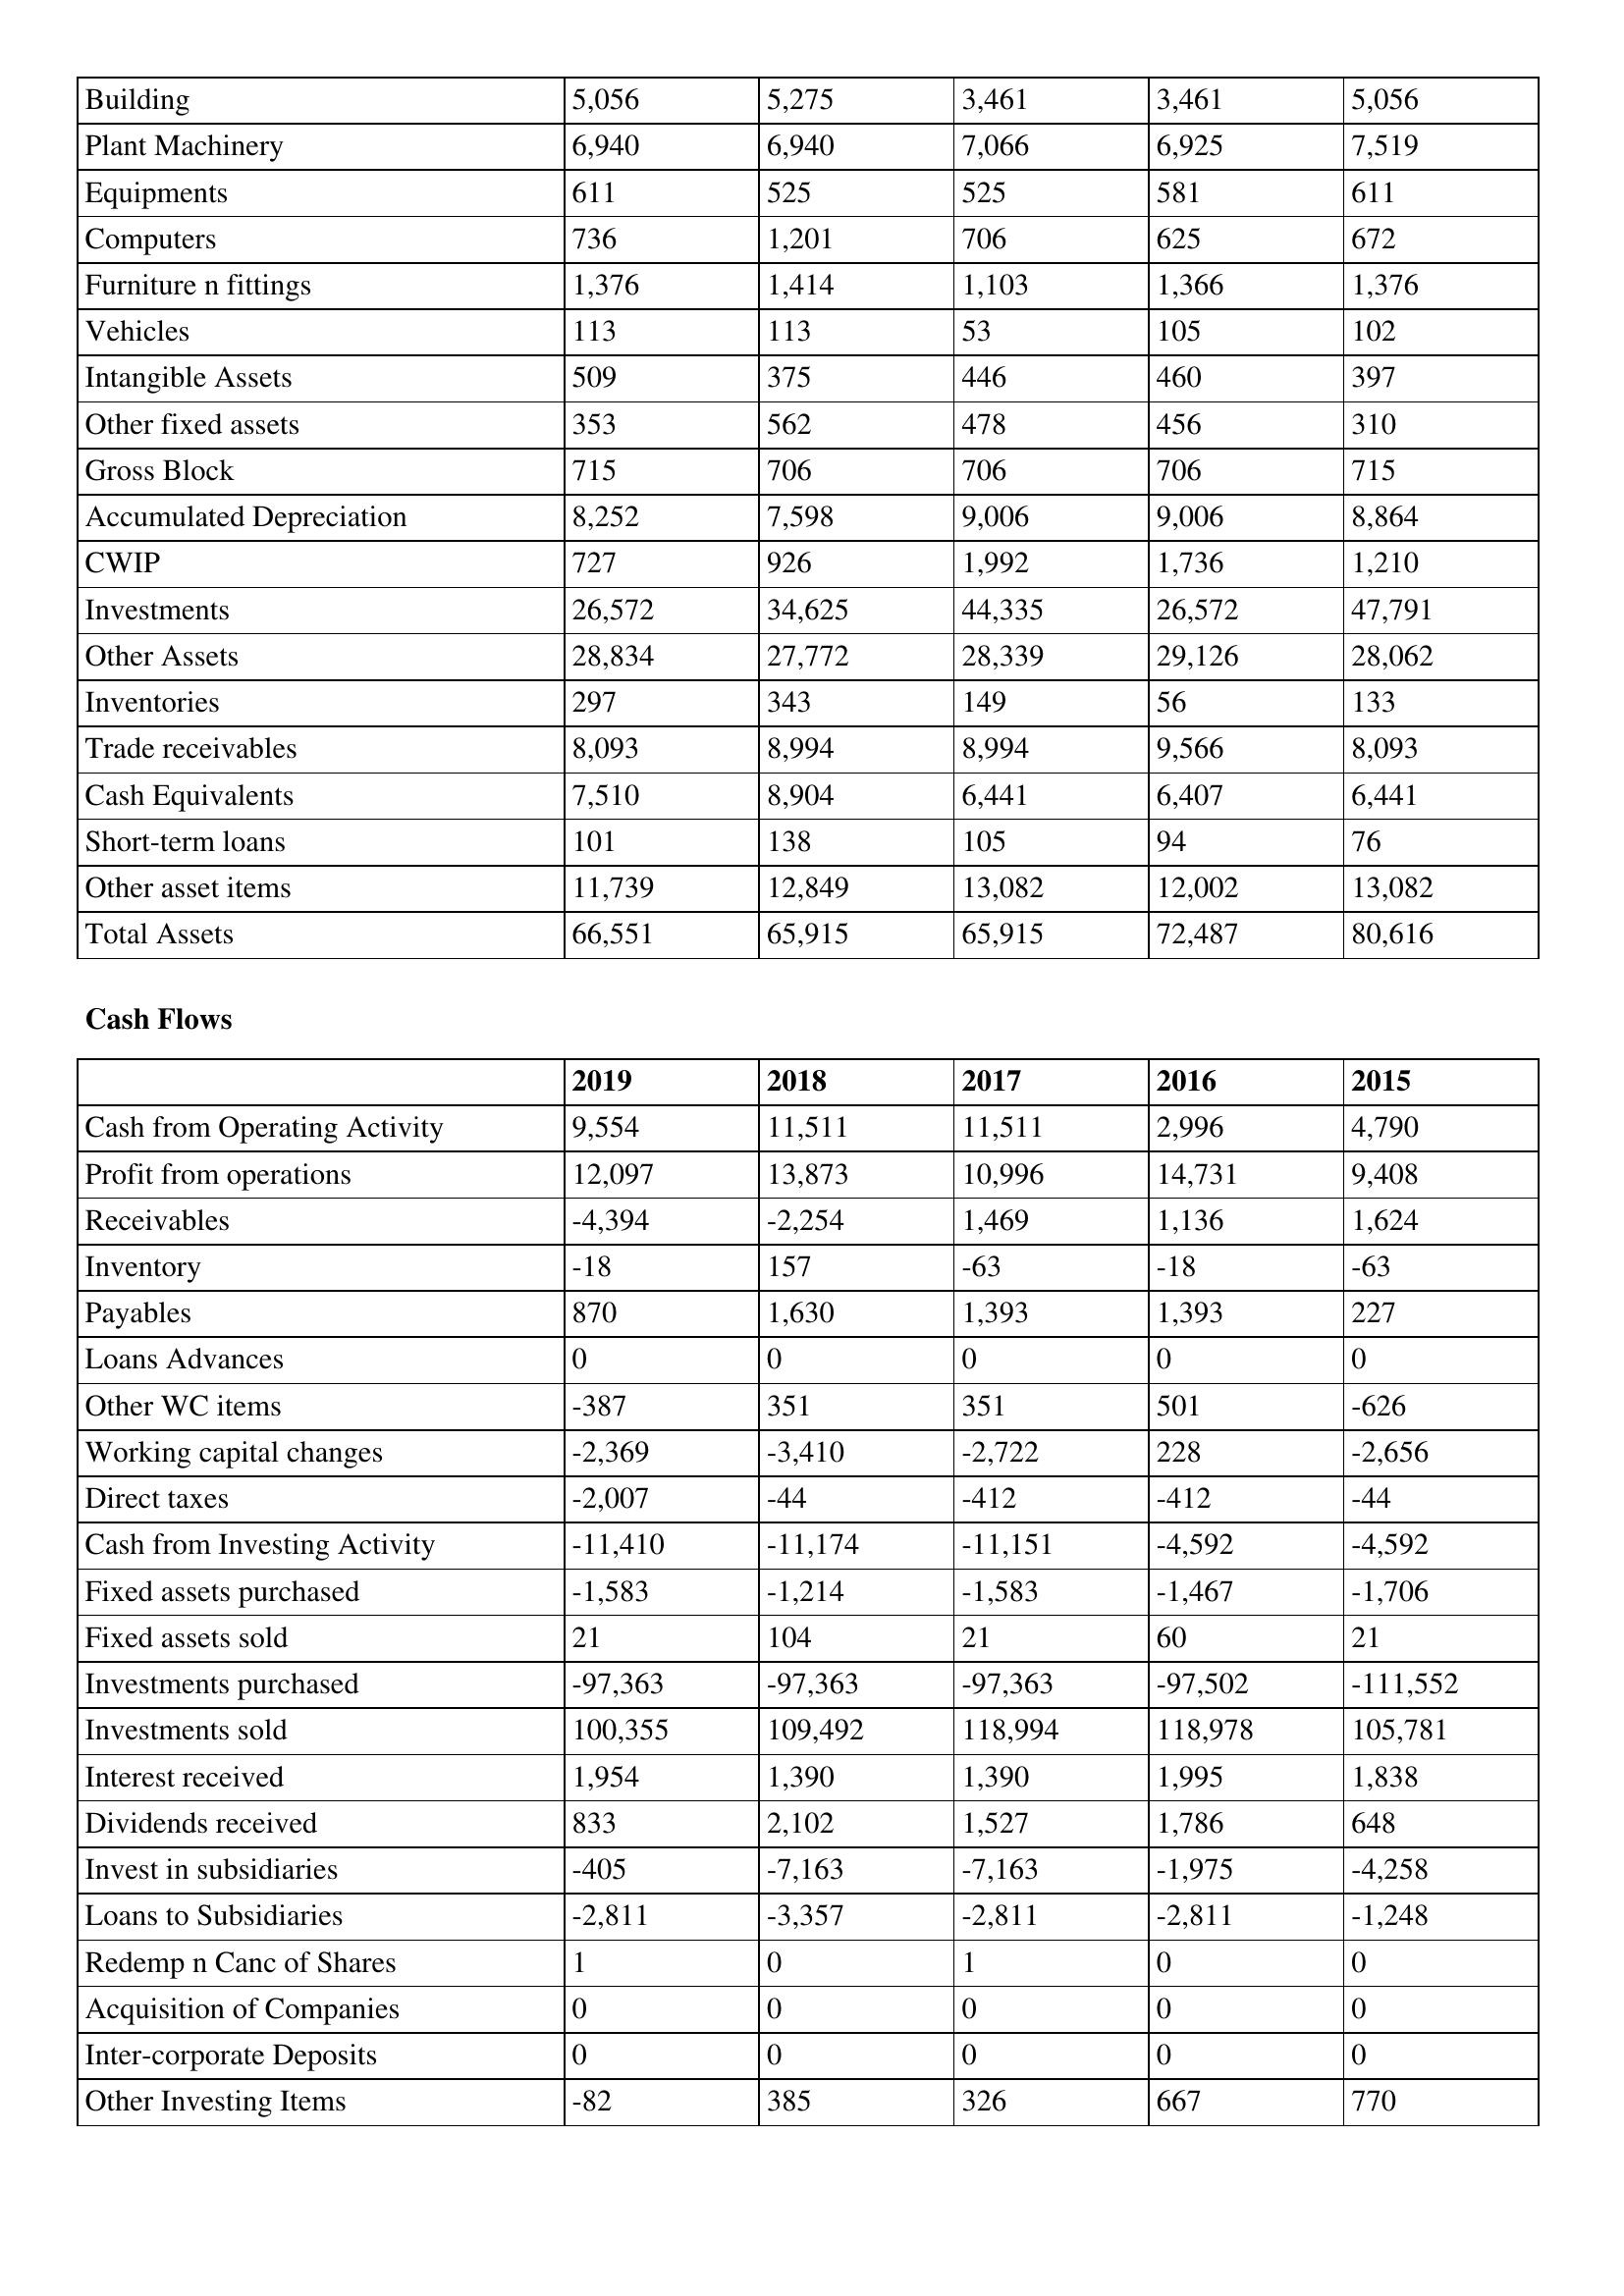
gt_parse: 2019: Balance Sheet: Building: 5,056
Plant Machinery: 6,940
Equipments: 611
Computers: 736
Furniture n fittings: 1,376
Vehicles: 113
Intangible Assets: 509
Other fixed assets: 353
Gross Block: 715
Accumulated Depreciation: 8,252
CWIP: 727
Investments: 26,572
Other Assets: 28,834
Inventories: 297
Trade receivables: 8,093
Cash Equivalents: 7,510
Short-term loans: 101
Other asset items: 11,739
Total Assets: 66,551
Cash Flows: Cash from Operating Activity: 9,554
Profit from operations: 12,097
Receivables: -4,394
Inventory: -18
Payables: 870
Loans Advances: 0
Other WC items: -387
Working capital changes: -2,369
Direct taxes: -2,007
Cash from Investing Activity: -11,410
Fixed assets purchased: -1,583
Fixed assets sold: 21
Investments purchased: -97,363
Investments sold: 100,355
Interest received: 1,954
Dividends received: 833
Invest in subsidiaries: -405
Loans to Subsidiaries: -2,811
Redemp n Canc of Shares: 1
Acquisition of Companies: 0
Inter-corporate Deposits: 0
Other Investing Items: -82
2018: Balance Sheet: Building: 5,275
Plant Machinery: 6,940
Equipments: 525
Computers: 1,201
Furniture n fittings: 1,414
Vehicles: 113
Intangible Assets: 375
Other fixed assets: 562
Gross Block: 706
Accumulated Depreciation: 7,598
CWIP: 926
Investments: 34,625
Other Assets: 27,772
Inventories: 343
Trade receivables: 8,994
Cash Equivalents: 8,904
Short-term loans: 138
Other asset items: 12,849
Total Assets: 65,915
Cash Flows: Cash from Operating Activity: 11,511
Profit from operations: 13,873
Receivables: -2,254
Inventory: 157
Payables: 1,630
Loans Advances: 0
Other WC items: 351
Working capital changes: -3,410
Direct taxes: -44
Cash from Investing Activity: -11,174
Fixed assets purchased: -1,214
Fixed assets sold: 104
Investments purchased: -97,363
Investments sold: 109,492
Interest received: 1,390
Dividends received: 2,102
Invest in subsidiaries: -7,163
Loans to Subsidiaries: -3,357
Redemp n Canc of Shares: 0
Acquisition of Companies: 0
Inter-corporate Deposits: 0
Other Investing Items: 385
2017: Balance Sheet: Building: 3,461
Plant Machinery: 7,066
Equipments: 525
Computers: 706
Furniture n fittings: 1,103
Vehicles: 53
Intangible Assets: 446
Other fixed assets: 478
Gross Block: 706
Accumulated Depreciation: 9,006
CWIP: 1,992
Investments: 44,335
Other Assets: 28,339
Inventories: 149
Trade receivables: 8,994
Cash Equivalents: 6,441
Short-term loans: 105
Other asset items: 13,082
Total Assets: 65,915
Cash Flows: Cash from Operating Activity: 11,511
Profit from operations: 10,996
Receivables: 1,469
Inventory: -63
Payables: 1,393
Loans Advances: 0
Other WC items: 351
Working capital changes: -2,722
Direct taxes: -412
Cash from Investing Activity: -11,151
Fixed assets purchased: -1,583
Fixed assets sold: 21
Investments purchased: -97,363
Investments sold: 118,994
Interest received: 1,390
Dividends received: 1,527
Invest in subsidiaries: -7,163
Loans to Subsidiaries: -2,811
Redemp n Canc of Shares: 1
Acquisition of Companies: 0
Inter-corporate Deposits: 0
Other Investing Items: 326
2016: Balance Sheet: Building: 3,461
Plant Machinery: 6,925
Equipments: 581
Computers: 625
Furniture n fittings: 1,366
Vehicles: 105
Intangible Assets: 460
Other fixed assets: 456
Gross Block: 706
Accumulated Depreciation: 9,006
CWIP: 1,736
Investments: 26,572
Other Assets: 29,126
Inventories: 56
Trade receivables: 9,566
Cash Equivalents: 6,407
Short-term loans: 94
Other asset items: 12,002
Total Assets: 72,487
Cash Flows: Cash from Operating Activity: 2,996
Profit from operations: 14,731
Receivables: 1,136
Inventory: -18
Payables: 1,393
Loans Advances: 0
Other WC items: 501
Working capital changes: 228
Direct taxes: -412
Cash from Investing Activity: -4,592
Fixed assets purchased: -1,467
Fixed assets sold: 60
Investments purchased: -97,502
Investments sold: 118,978
Interest received: 1,995
Dividends received: 1,786
Invest in subsidiaries: -1,975
Loans to Subsidiaries: -2,811
Redemp n Canc of Shares: 0
Acquisition of Companies: 0
Inter-corporate Deposits: 0
Other Investing Items: 667
2015: Balance Sheet: Building: 5,056
Plant Machinery: 7,519
Equipments: 611
Computers: 672
Furniture n fittings: 1,376
Vehicles: 102
Intangible Assets: 397
Other fixed assets: 310
Gross Block: 715
Accumulated Depreciation: 8,864
CWIP: 1,210
Investments: 47,791
Other Assets: 28,062
Inventories: 133
Trade receivables: 8,093
Cash Equivalents: 6,441
Short-term loans: 76
Other asset items: 13,082
Total Assets: 80,616
Cash Flows: Cash from Operating Activity: 4,790
Profit from operations: 9,408
Receivables: 1,624
Inventory: -63
Payables: 227
Loans Advances: 0
Other WC items: -626
Working capital changes: -2,656
Direct taxes: -44
Cash from Investing Activity: -4,592
Fixed assets purchased: -1,706
Fixed assets sold: 21
Investments purchased: -111,552
Investments sold: 105,781
Interest received: 1,838
Dividends received: 648
Invest in subsidiaries: -4,258
Loans to Subsidiaries: -1,248
Redemp n Canc of Shares: 0
Acquisition of Companies: 0
Inter-corporate Deposits: 0
Other Investing Items: 770